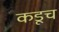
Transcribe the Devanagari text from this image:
कडूच